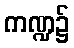
ကဏ္ဍ၌